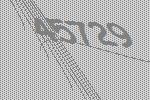
45729